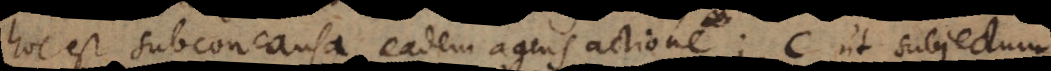
hoc est subconcausa eadem agens actione; C ut subjectum